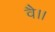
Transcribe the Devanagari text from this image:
वै।।